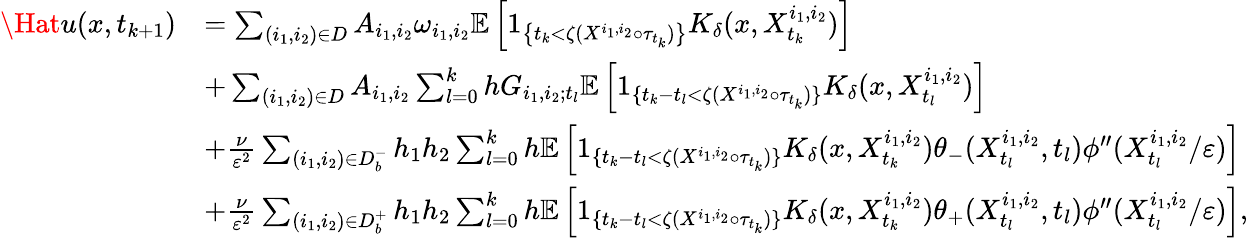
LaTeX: \begin{array}{rl}{\Hat{u}(x,t_{k+1})}&{=\sum_{(i_{1},i_{2})\in D}A_{i_{1},i_{2}}\omega_{i_{1},i_{2}}\mathbb{E}\left[1_{\left\{ t_{k}<\zeta(X^{i_{1},i_{2}}\circ\tau_{t_{k}})\right\} }K_{\delta}(x,X_{t_{k}}^{i_{1},i_{2}})\right]}\\ &{+\sum_{(i_{1},i_{2})\in D}A_{i_{1},i_{2}}\sum_{l=0}^{k}hG_{i_{1},i_{2};t_{l}}\mathbb{E}\left[1_{\{ t_{k}-t_{l}<\zeta(X^{i_{1},i_{2}}\circ\tau_{t_{k}})\} }K_{\delta}(x,X_{t_{l}}^{i_{1},i_{2}})\right]}\\ &{+\frac{\nu}{\varepsilon^{2}}\sum_{(i_{1},i_{2})\in D_{b}^{-}}h_{1}h_{2}\sum_{l=0}^{k}h\mathbb{E}\left[1_{\{ t_{k}-t_{l}<\zeta(X^{i_{1},i_{2}}\circ\tau_{t_{k}})\} }K_{\delta}(x,X_{t_{k}}^{i_{1},i_{2}})\theta_{-}(X_{t_{l}}^{i_{1},i_{2}},t_{l})\phi^{\prime\prime}(X_{t_{l}}^{i_{1},i_{2}}/\varepsilon)\right]}\\ &{+\frac{\nu}{\varepsilon^{2}}\sum_{(i_{1},i_{2})\in D_{b}^{+}}h_{1}h_{2}\sum_{l=0}^{k}h\mathbb{E}\left[1_{\{ t_{k}-t_{l}<\zeta(X^{i_{1},i_{2}}\circ\tau_{t_{k}})\} }K_{\delta}(x,X_{t_{k}}^{i_{1},i_{2}})\theta_{+}(X_{t_{l}}^{i_{1},i_{2}},t_{l})\phi^{\prime\prime}(X_{t_{l}}^{i_{1},i_{2}}/\varepsilon)\right],}\end{array}